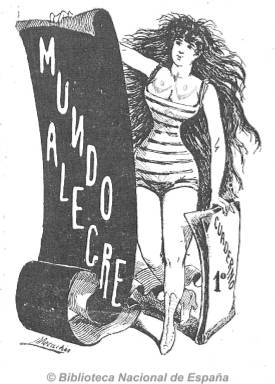
Título: El Mundo alegre (Madrid. 1890)
Colección: Revistas satíricas y humorísticas
Ámbito geográfico: Madrid
Lugar de publicación: Madrid
Fechas: 01/01/1890-31/12/1890

Periódico quincenal que publica poesías y artículos inéditos de los principales literatos y dibujos de los mejores artistas, tal como reza su subtítulo, llega a editar diez números durante 1890, sin indicación de día y mes de aparición, siendo una de las numerosas publicaciones periódicas de carácter festivo y humorístico que pululan durante esta época en Madrid, y que dada la competitividad entre ellas, resultan las más efímeras. Con un formato reducido de 32 páginas, se secuencia como cuadernos, con una portada, siempre diferente, con un dibujo o alguna caricatura de algún notable literato, obra todas ellas del dibujante Mecachis.

Entre esos “principales literatos”, que también publican sus textos en otras publicaciones del mismo carácter, aparecen los nombres de Vital Aza, Juan Maillo, José Jackson Vevan, Manuel Mera, José Pérez Zúñiga, Antonio Corton, E. Navarro Gonzalvo, Luis Taboada, Eduardo de Lustomó, Aureliano Ruiz, Eduardo Villegas o Ricardo Soto. Firman textos de carácter costumbrista y de crítica social, con incursiones en el arte o la moda y de baja intensidad política, tanto en prosa como en verso. También inserta epigramas y chistes con dibujos asimismo del dibujante Miquis, y con fotograbados de Laporta.

Es ejemplo de una suerte de periódicos con ilustraciones humorísticas, que entonces se denominan festivos, dirigidos a un público de la pequeña burguesía y popular urbana de la época del turno de partidos de la Restauración, apareciendo en su primer entrega como director Vicente Lloréns Asensio (1869-1930), un entonces joven del cuerpo de Archiveros y Bibliotecarios, que pronto regresará a Sevilla, su ciudad natal, en donde será un destacado ateneista, investigador y colaborador de prensa, autor asimismo de una obra titulada Chasqarrillos andaluces (1901), y que se convirtió en exhibidor pionero del nuevo cinematográfico y empresario de las salas Lloréns e Imperial de la ciudad hispalense. En los posteriores cuadernos de El mundo alegre aparece como administrador y propietario Julián Rodríguez.